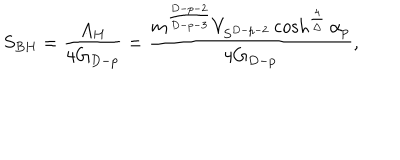
S _ { B H } = { \frac { A _ { H } } { 4 G _ { D - p } } } = { \frac { m ^ { \frac { D - p - 2 } { D - p - 3 } } V _ { S ^ { D - p - 2 } } \cosh ^ { \frac { 4 } { \Delta } } \alpha _ { p } } { 4 G _ { D - p } } } ,